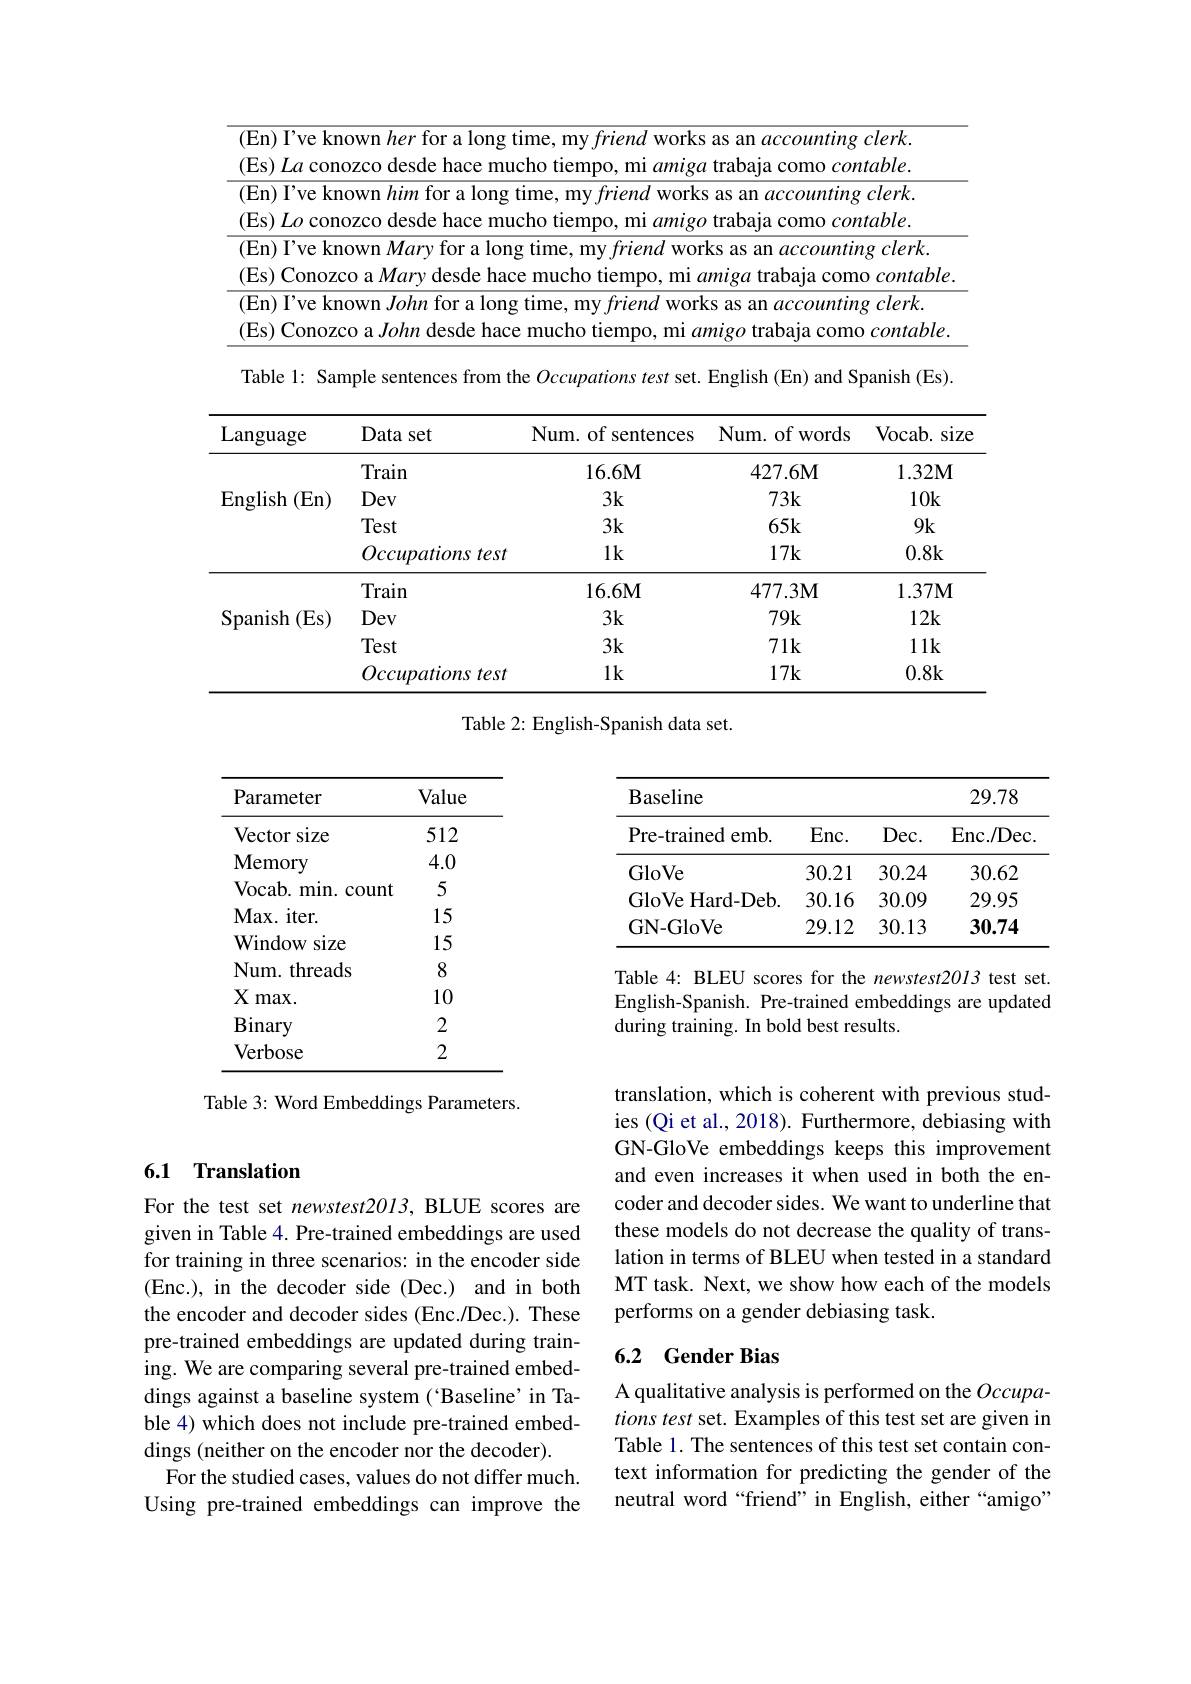
<table>
	<tbody>
		<tr>
			<td> </td>
			<td>ve known her for a long time, my friend works as an accounting clerk. $\iota$ conozco desde hace mucho tiempo, mi amiga trabaja como $contable.$</td>
		</tr>
		<tr>
			<td> </td>
			<td>ve known him for a long time, my friend works as an accounting clerk. ${\text{conozco desde hace mucho tiempo, mi }amigo\text{ trabaja como }contable.}$</td>
		</tr>
		<tr>
			<td> </td>
			<td>ve known Mary for a long time, my friend works as an $accountingclerk.$ onozco a Mary desde hace mucho tiempo, mi amiga trabaja como contable</td>
		</tr>
		<tr>
			<td>1</td>
			<td>$nting\textit{clerk}$</td>
		</tr>
		<tr>
			<td> </td>
			<td>ntah</td>
		</tr>
	</tbody>
</table>

Table 1: Sample sentences from the Occupations test set. English (En) and Spanish (Es).

<table>
	<tbody>
		<tr>
			<th>Language</th>
			<th>Data set</th>
			<th>Num. of sentences</th>
			<th>Num. of words</th>
			<th>Vocab. size</th>
		</tr>
		<tr>
			<td rowspan="4">$\operatorname{English}$ (En)</td>
			<td>Train</td>
			<td>16.6M</td>
			<td>427.6M</td>
			<td>$1.32\mathbf{M}$</td>
		</tr>
		<tr>
			<td>Dev</td>
			<td>$3k$</td>
			<td>$73k$</td>
			<td>10k</td>
		</tr>
		<tr>
			<td>Test</td>
			<td>$3k$</td>
			<td>$65k$</td>
			<td>$9k$</td>
		</tr>
		<tr>
			<td>$Occupations\textit{test}$</td>
			<td>$1k$</td>
			<td>$17\mathbf{k}$</td>
			<td>0.8k</td>
		</tr>
		<tr>
			<td rowspan="4">Spanish $1\left(\mathrm{Es}\right)$</td>
			<td>Train</td>
			<td>16.6M</td>
			<td>477.3M</td>
			<td>$1.37\mathbf{M}$</td>
		</tr>
		<tr>
			<td>Dev</td>
			<td>$3k$</td>
			<td>$79k$</td>
			<td>12k</td>
		</tr>
		<tr>
			<td>Test</td>
			<td>$3k$</td>
			<td>$71k$</td>
			<td>$11k$</td>
		</tr>
		<tr>
			<td>Occupationstest</td>
			<td>$1k$</td>
			<td>$17\mathbf{k}$</td>
			<td>0.8k</td>
		</tr>
	</tbody>
</table>

Table 2: English-Spanish data set.

<table>
	<tbody>
		<tr>
			<th>Baseline</th>
			<th> </th>
			<th> </th>
			<th>29.78</th>
		</tr>
		<tr>
			<th>Pre-trained emb.</th>
			<th>$Enc.$</th>
			<th>$Dec.$</th>
			<th>Enc. / Dec</th>
		</tr>
		<tr>
			<td>GloVe</td>
			<td>30.21</td>
			<td>30.24</td>
			<td>30.62</td>
		</tr>
		<tr>
			<td>GloVe Hard-Deb</td>
			<td>30.16</td>
			<td>30.09</td>
			<td>29.95</td>
		</tr>
		<tr>
			<td>GN- GloVe</td>
			<td>29.12</td>
			<td>30.13</td>
			<td>30.74</td>
		</tr>
	</tbody>
</table>

<table>
	<tbody>
		<tr>
			<th>Parameter</th>
			<th>Value</th>
		</tr>
		<tr>
			<td>Vector size</td>
			<td>512</td>
		</tr>
		<tr>
			<td>$\mathbf{Memory}$</td>
			<td>4.0</td>
		</tr>
		<tr>
			<td>$\mathbf{Vocab}.$ $min.$ COunt</td>
			<td>5</td>
		</tr>
		<tr>
			<td>$\mathbf{Max}.$ $iter.$ 1</td>
			<td>15</td>
		</tr>
		<tr>
			<td>Window size </td>
			<td>15</td>
		</tr>
		<tr>
			<td>Num. threads</td>
			<td>8</td>
		</tr>
		<tr>
			<td>$X$ $max.$</td>
			<td>10</td>
		</tr>
		<tr>
			<td>$\mathbf{Binary}$</td>
			<td>2</td>
		</tr>
		<tr>
			<td>${\mathrm{Verbose}}$</td>
			<td>2</td>
		</tr>
	</tbody>
</table>

Table 4: BLEU scores for the newstest2013 test set. English-Spanish. Pre-trained embeddings are updated during training. In bold best results.

Table 3: Word Embeddings Parameters.

### 6.1 Translation

translation, which is coherent with previous studies (Qi et al., 2018). Furthermore, debiasing with GN-GloVe embeddings keeps this improvement and even increases it when used in both the encoder and decoder sides. We want to underline that these models do not decrease the quality of translation in terms of BLEU when tested in a standard MT task. Next, we show how each of the models performs on a gender debiasing task.

# 6.2 Gender Bias

For the test set newstest2013, BLUE scores are given in Table 4. Pre-trained embeddings are used for training in three scenarios: in the encoder side (Enc.), in the decoder side (Dec.) and in both the encoder and decoder sides (Enc./Dec.). These pre-trained embeddings are updated during training. We are comparing several pre-trained embeddings against a baseline system (‘Baseline’in Table 4) which does not include pre-trained embeddings (neither on the encoder nor the decoder).
For the studied cases, values do not differ much. Using pre-trained embeddings can improve the

A qualitative analysis is performed on the $Occupa-$ tions test set. Examples of this test set are given in Table 1. The sentences of this test set contain context information for predicting the gender of the neutral word “friend”in English, either“amigo”